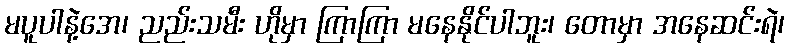
မပူပါနဲ့အေ၊ ညည်းသမီး ဟိုမှာ ကြာကြာ မနေနိုင်ပါဘူး၊ တောမှာ အနေဆင်းရဲ၊